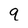
Character: 9